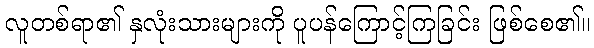
လူတစ်ရာ၏ နှလုံးသားများကို ပူပန်ကြောင့်ကြခြင်း ဖြစ်စေ၏။